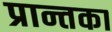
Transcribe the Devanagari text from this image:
प्रान्तका